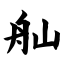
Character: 舢